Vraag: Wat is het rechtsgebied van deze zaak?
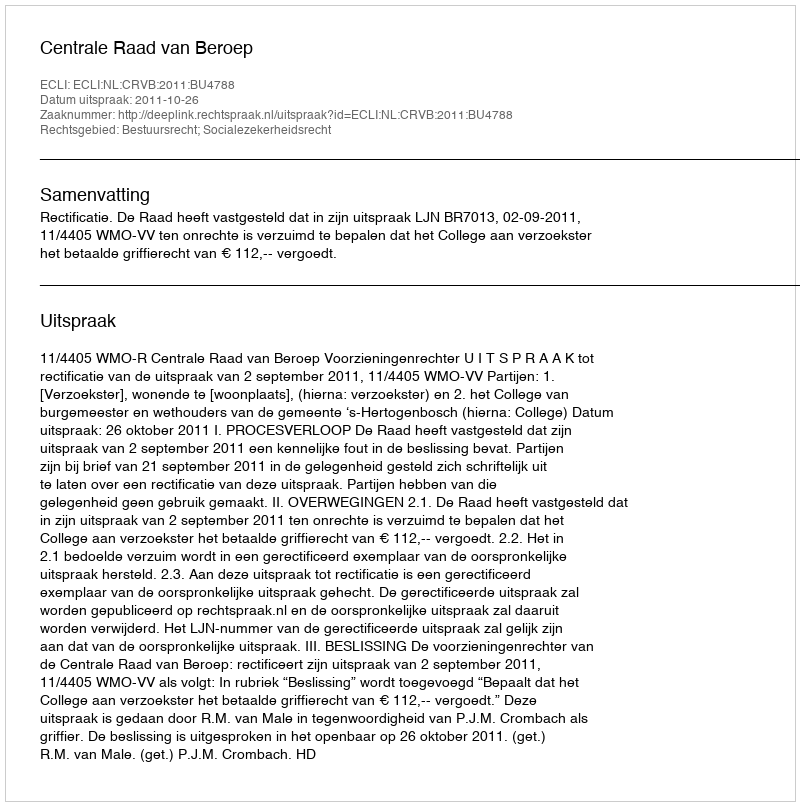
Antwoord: Bestuursrecht; Socialezekerheidsrecht